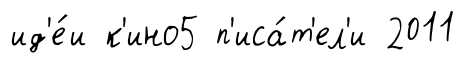
ид'е́и к'ино5 п'иса́т'ел'и 2011